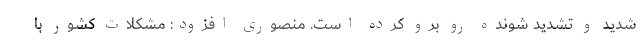
شدید و تشدید شونده رو برو کرده است. منصوری افزود: مشکلات کشور با